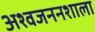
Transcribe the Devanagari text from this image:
अश्वजननशाला